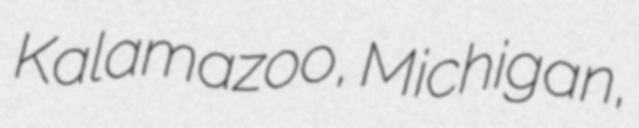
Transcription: Kalamazoo, Michigan,